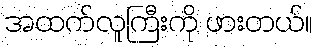
အထက်လူကြီးကို ဖားတယ်။